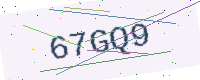
Text: 67GQ9